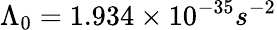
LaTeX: \Lambda_{0}=1.934\times 10^{-35}s^{-2}